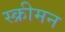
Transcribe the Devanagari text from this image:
स्क्रीमन